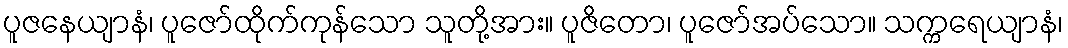
ပူဇနေယျာနံ၊ ပူဇော်ထိုက်ကုန်သော သူတို့အား။ ပူဇိတော၊ ပူဇော်အပ်သော။ သက္ကရေယျာနံ၊